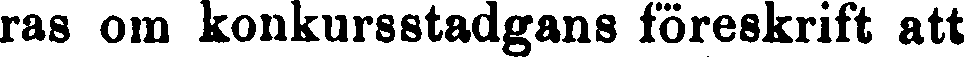
ras ora konkursstadgans föreskrift att